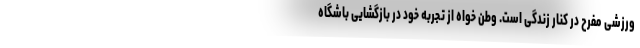
ورزشی مفرح در کنار زندگی است. وطن خواه از تجربه خود در بازگشایی باشگاه